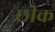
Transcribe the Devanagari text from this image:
छीक